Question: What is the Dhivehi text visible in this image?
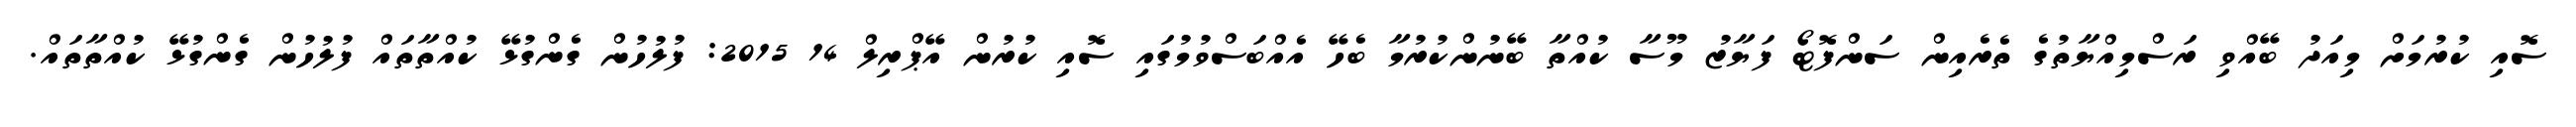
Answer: ސޮއި ކުރުމަށް މިއަދު ބޭއްވި ރަސްމިއްޔާތުގެ ތެރެއިން ސަންފޮޓޯ ފަޔާޒު މޫސާ ކުއްތާ ބޭނުންކުރުމާ ބެހޭ އެއްބަސްވުމުގައި ސޮއި ކުރުން އޭޕްރިލް 14 2015: ފުލުހުން ގެންގުޅޭ ކުއްތާތައް ފުލުހުން ގެންގުޅޭ ކުއްތާތައް.